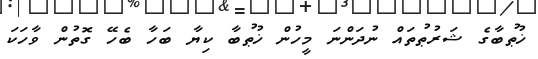
ޚުޠުބާގެ ޝަރުޠުތައް ނުދަންނަ މީހުން ޚުޠުބާ ކިޔާ ބަހާ ބެހޭ ގޮތުން ވާހަކަ